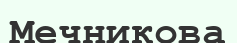
Мечникова